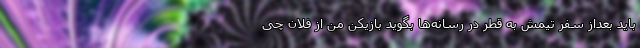
باید بعداز سفر تیمش به قطر در رسانه‌ها بگوید بازیکن من از فلان چی